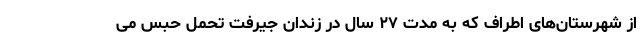
از شهرستان‌های اطراف که به مدت ۲۷ سال در زندان جیرفت تحمل حبس می‌